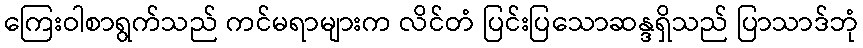
ကြေးဝါစာရွက်သည် ကင်မရာများက လိင်တံ ပြင်းပြသောဆန္ဒရှိသည် ပြာသာဒ်ဘုံ